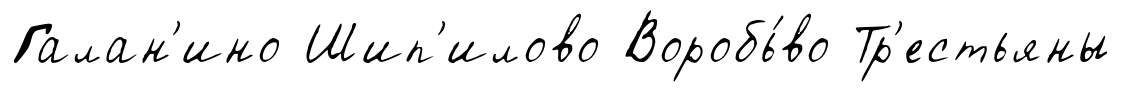
Галан'ино Шип'илово Воробь́во Тр'естьяны